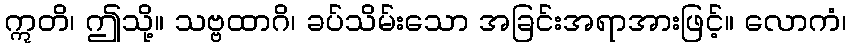
ဣတိ၊ ဤသို့။ သဗ္ဗထာဂိ၊ ခပ်သိမ်းသော အခြင်းအရာအားဖြင့်။ လောကံ၊